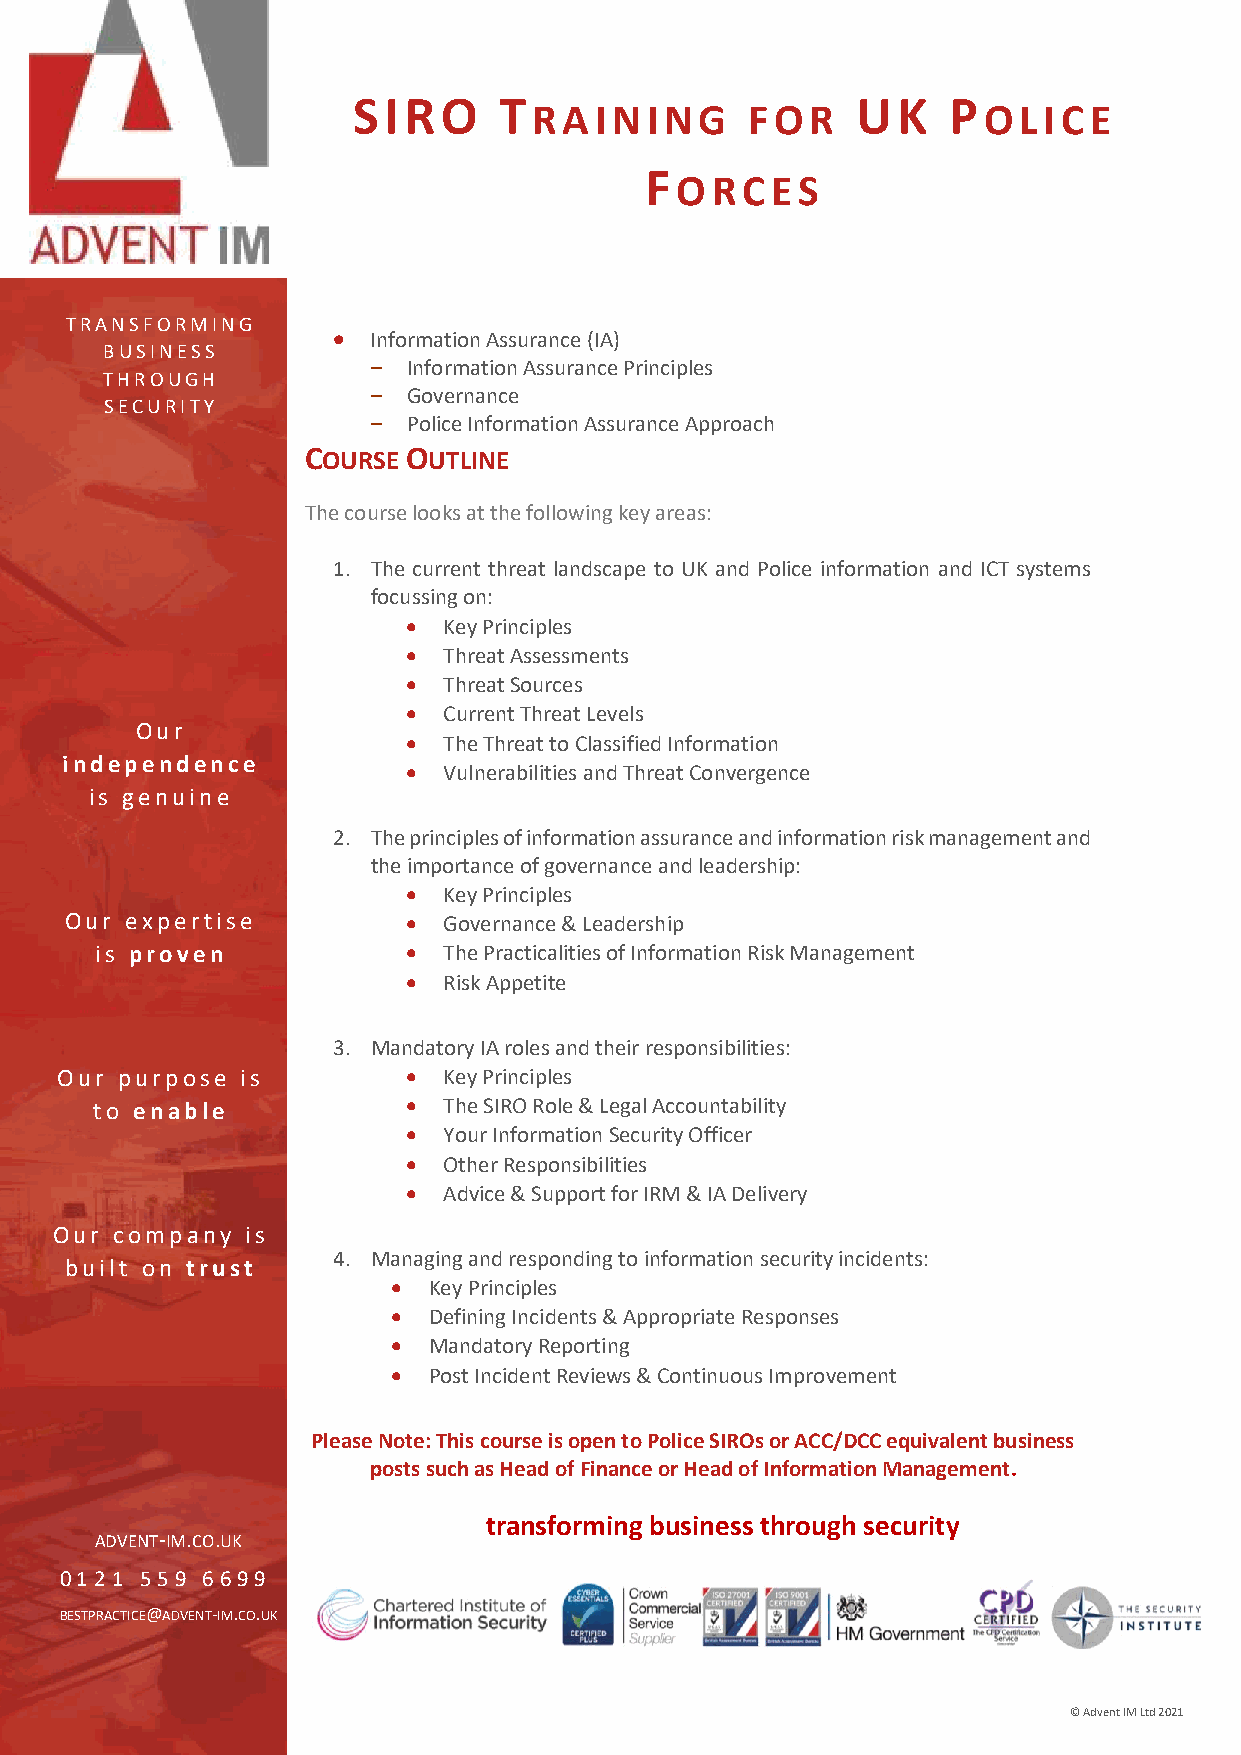
SIRO      T                       UK    P
 RAINING        FOR            OLICE
 F
 ORCES
 TRANSFORMING
 • Information Assurance (IA)
 BUSINESS
 -  Information Assurance Principles
 THROUGH
 -  Governance
 SECURITY
 -  Police Information Assurance Approach
 COURSE OUTLINE
 The course looks at the following key areas:
 1. The current threat landscape to UK and Police information and ICT systems
 focussing on:
 • Key Principles
 • Threat Assessments
 • Threat Sources
 • Current Threat Levels
 Our
 • The Threat to Classified Information
 independence
 • Vulnerabilities and Threat Convergence
 is genuine
 2. The principles of information assurance and information risk management and
 the importance of governance and leadership:
 • Key Principles
 Our expertise          • Governance & Leadership
 is proven            • The Practicalities of Information Risk Management
 • Risk Appetite
 3. Mandatory IA roles and their responsibilities:
 Our purpose is         • Key Principles
 to enable            • The SIRO Role & Legal Accountability
 • Your Information Security Officer
 • Other Responsibilities
 • Advice & Support for IRM & IA Delivery
 Our  company is
 4. Managing and responding to information security incidents:
 built on trust
 • Key Principles
 • Defining Incidents & Appropriate Responses
 • Mandatory Reporting
 • Post Incident Reviews & Continuous Improvement
 Please Note: This course is open to Police SIROs or ACC/DCC equivalent business
 posts such as Head of Finance or Head of Information Management.
 transforming business through security
 ADVENT-IM.CO.UK
 0121 559 6699
 BESTPRACTICE@ADVENT-IM.CO.UK
 © Advent IM Ltd 2021